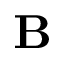
\mathbf { B }